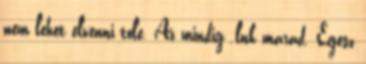
nem lehet elvenni tole. Az mindig .lnk marad. Egesz